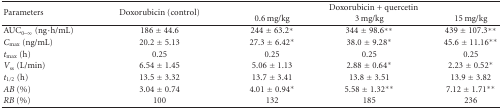
| <ROWSPAN=2> Parameters | <ROWSPAN=2> Doxorubicin (control) | <COLSPAN=3> Doxorubicin + quercetin |
 | 0.6 mg/kg | 3 mg/kg | 15 mg/kg |
 | --- | --- | --- | --- | --- |
 | AUC0–∞ (ng·h/mL) | 186 ± 44.6 | 244 ± 63.2* | 344 ± 98.6** | 439 ± 107.3** |
 | Cmax⁡ (ng/mL) | 20.2 ± 5.13 | 27.3 ± 6.42* | 38.0 ± 9.28* | 45.6 ± 11.16** |
 | tmax⁡ (h) | 0.25 | 0.25 | 0.25 | 0.25 |
 | Vss (L/min) | 6.54 ± 1.45 | 5.06 ± 1.13 | 2.88 ± 0.64* | 2.23 ± 0.52* |
 | t1/2 (h) | 13.5 ± 3.32 | 13.7 ± 3.41 | 13.8 ± 3.51 | 13.9 ± 3.82 |
 | AB (%) | 3.04 ± 0.74 | 4.01 ± 0.94* | 5.58 ± 1.32** | 7.12 ± 1.71** |
 | RB (%) | 100 | 132 | 185 | 236 |